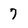
Character: 7